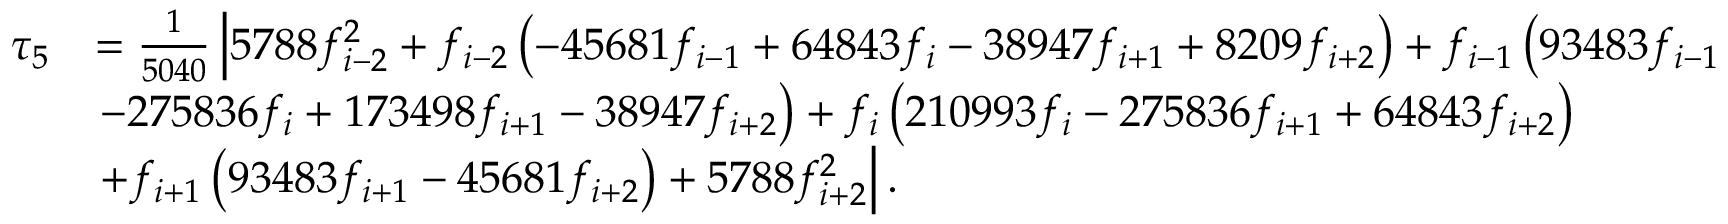
\begin{array} { r l } { \tau _ { 5 } } & { = \frac { 1 } { 5 0 4 0 } \left| 5 7 8 8 f _ { i - 2 } ^ { 2 } + f _ { i - 2 } \left( - 4 5 6 8 1 f _ { i - 1 } + 6 4 8 4 3 f _ { i } - 3 8 9 4 7 f _ { i + 1 } + 8 2 0 9 f _ { i + 2 } \right) + f _ { i - 1 } \left( 9 3 4 8 3 f _ { i - 1 } \right. \right. } \\ & { \left. - 2 7 5 8 3 6 f _ { i } + 1 7 3 4 9 8 f _ { i + 1 } - 3 8 9 4 7 f _ { i + 2 } \right) + f _ { i } \left( 2 1 0 9 9 3 f _ { i } - 2 7 5 8 3 6 f _ { i + 1 } + 6 4 8 4 3 f _ { i + 2 } \right) } \\ & { \left. + f _ { i + 1 } \left( 9 3 4 8 3 f _ { i + 1 } - 4 5 6 8 1 f _ { i + 2 } \right) + 5 7 8 8 f _ { i + 2 } ^ { 2 } \right| . } \end{array}